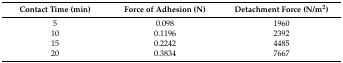
<table><thead><tr><td><b>Contact Time (min)</b></td><td><b>Force of Adhesion (N)</b></td><td><b>Detachment Force (N/m<sup>2</sup>)</b></td></tr></thead><tbody><tr><td>5</td><td>0.098</td><td>1960</td></tr><tr><td>10</td><td>0.1196</td><td>2392</td></tr><tr><td>15</td><td>0.2242</td><td>4485</td></tr><tr><td>20</td><td>0.3834</td><td>7667</td></tr></tbody></table>